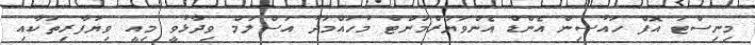
މިނިސްޓަ އޮފް ހައުސިން އެންޑް އެންވަޔަރްމަންޓް މުހައްމަދު އަސްލަމް ވިދާޅުވީ މިއީ ވިޔަފާރިތަކާއި